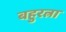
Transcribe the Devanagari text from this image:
बहुरत्ना